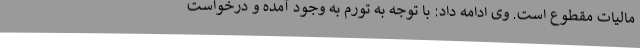
مالیات مقطوع است. وی ادامه داد: با توجه به تورم به وجود آمده و درخواست